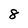
Character: 8